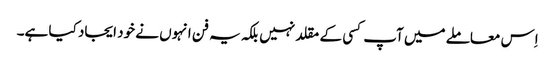
اِس معاملے میں آپ کسی کے مقلد نہیں بلکہ یہ فن انہوں نے خود ایجاد کیا ہے۔